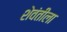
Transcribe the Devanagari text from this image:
शेवंतीला